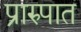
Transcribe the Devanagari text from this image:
प्रारुपात